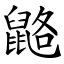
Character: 䶅